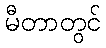
မီတာတွင်